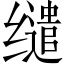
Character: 缱